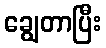
ချွေတာပြီး